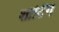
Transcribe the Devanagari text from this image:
शोर्टिंग